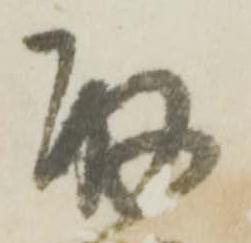
取